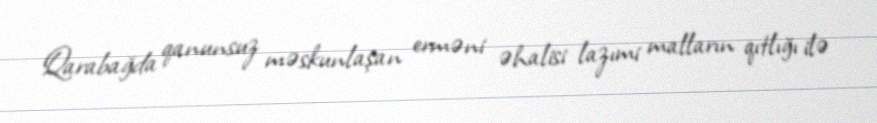
Qarabağda qanunsuz məskunlaşan erməni əhalisi lazımi malların qıtlığı ilə